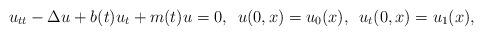
LaTeX: \begin{align*} u_{tt} - \Delta u + b(t)u_t + m(t) u=0 ,\,\,\,u(0,x)=u_0(x),\,\,\,u_t(0,x)=u_1(x),\end{align*}